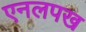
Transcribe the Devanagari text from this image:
एनलपख